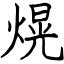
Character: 熀